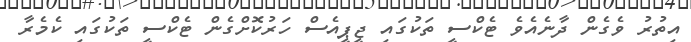
އިތުރު ވެގެން ދާނެއެވެ ޓެކްސީ ތަކުގައި ޖީޕީއެސް ހަރުކޮށްގެން ޓެކްސީ ތަކުގައި ކެމެރާ